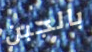
بالجبن